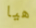
هيا